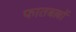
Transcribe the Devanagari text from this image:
फातबल्लों